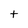
Character: t